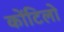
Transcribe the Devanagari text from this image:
कोंटिलो